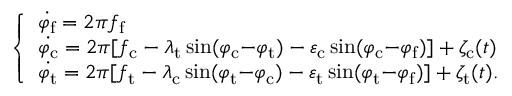
\left\{ \begin{array} { l l } { \dot { \varphi _ { \mathrm { f } } } = 2 \pi f _ { \mathrm { f } } } \\ { \dot { \varphi _ { \mathrm { c } } } = 2 \pi [ f _ { \mathrm { c } } - \lambda _ { \mathrm { t } } \sin ( \varphi _ { \mathrm { c } } \mathrm { - } \varphi _ { \mathrm { t } } ) - \varepsilon _ { \mathrm { c } } \sin ( \varphi _ { \mathrm { c } } \mathrm { - } \varphi _ { \mathrm { f } } ) ] + \zeta _ { \mathrm { c } } ( t ) } \\ { \dot { \varphi _ { \mathrm { t } } } = 2 \pi [ f _ { \mathrm { t } } - \lambda _ { \mathrm { c } } \sin ( \varphi _ { \mathrm { t } } \mathrm { - } \varphi _ { \mathrm { c } } ) - \varepsilon _ { \mathrm { t } } \sin ( \varphi _ { \mathrm { t } } \mathrm { - } \varphi _ { \mathrm { f } } ) ] + \zeta _ { \mathrm { t } } ( t ) . } \end{array} \right.